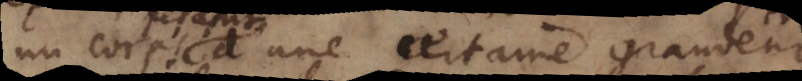
un corps d’une certaine grandeur